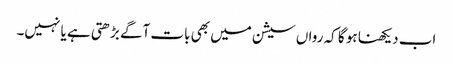
اب دیکھنا ہو گا کہ رواں سیشن میں بھی بات آگے بڑھتی ہے یا نہیں۔